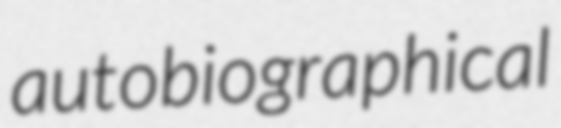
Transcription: autobiographical